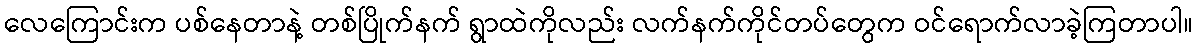
လေကြောင်းက ပစ်နေတာနဲ့ တစ်ပြိုက်နက် ရွာထဲကိုလည်း လက်နက်ကိုင်တပ်တွေက ဝင်ရောက်လာခဲ့ကြတာပါ။